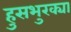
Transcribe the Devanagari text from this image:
हुसभुरक्या